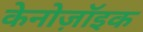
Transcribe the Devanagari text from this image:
केनोज़ॉइक